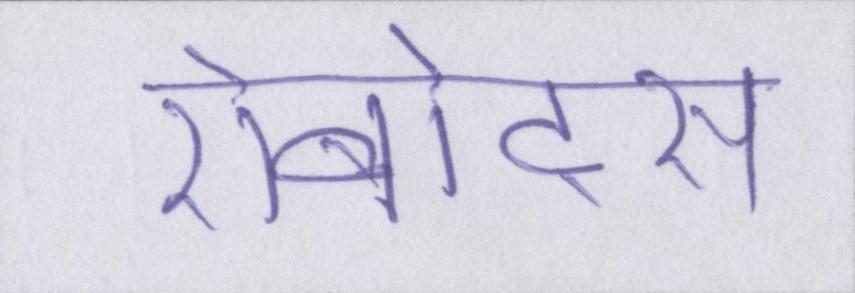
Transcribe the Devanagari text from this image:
रोबोट्स